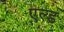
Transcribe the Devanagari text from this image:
एल्ड